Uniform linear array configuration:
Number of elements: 48
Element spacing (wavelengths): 0.5
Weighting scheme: uniform
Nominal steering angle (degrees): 30
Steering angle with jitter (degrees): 28.962
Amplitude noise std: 0.05
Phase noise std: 0.05

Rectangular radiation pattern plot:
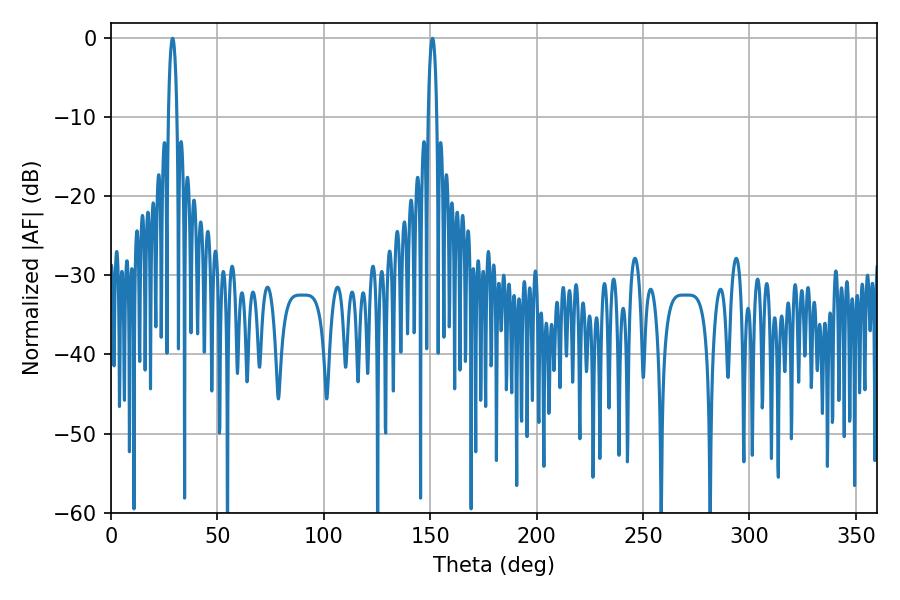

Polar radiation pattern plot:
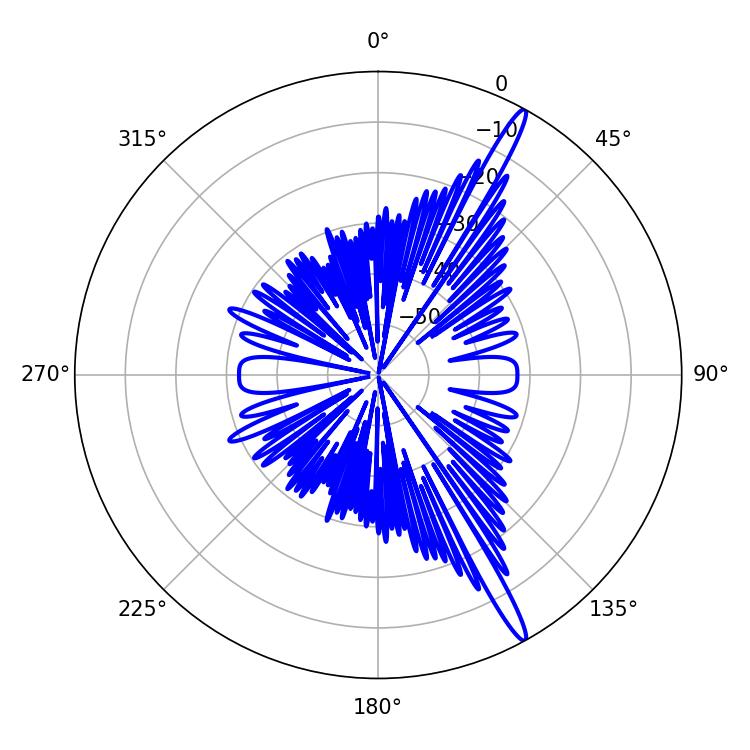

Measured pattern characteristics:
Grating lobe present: FALSE
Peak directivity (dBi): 16.43
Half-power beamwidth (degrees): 2.16
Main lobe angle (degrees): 151.02